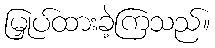
မြှုပ်ထားခဲ့ကြသည်။